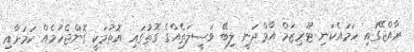
ރާއްޖޭގައި ހަމައެކަނި ޓޫރިޒަމް އާމްދަނީ ލިބޭ ވަސީލަތެއްގެ ގޮތުގައި އޮތުމަކީ ގޮންޖެހުމެއް ކަމަށާއި